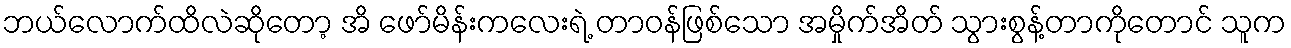
ဘယ်လောက်ထိလဲဆိုတော့ အိ ဖော်မိန်းကလေးရဲ့ တာဝန်ဖြစ်သော အမှိုက်အိတ် သွားစွန့်တာကိုတောင် သူက